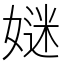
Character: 㜆